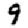
Digit: 9